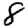
Digit: 8